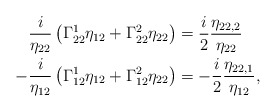
\begin{align*} \frac{i}{\eta_{22}}\left(\Gamma_{22}^{1}\eta_{12}+\Gamma_{22}^{2}\eta_{22} \right)&=\frac{i}{2}\frac{\eta_{22,2}}{\eta_{22}}\\ -\frac{i}{\eta_{12}}\left(\Gamma_{12}^{1}\eta_{12}+\Gamma_{12}^{2}\eta_{22} \right)&=-\frac{i}{2}\frac{\eta_{22,1}}{\eta_{12}}, \end{align*}